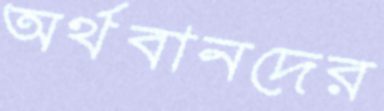
অর্থবানদের